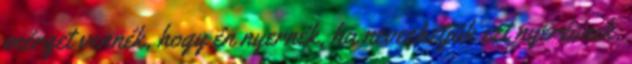
mérget vennék, hogy én nyernék, ha nevezhetjük ezt nyerésnek.